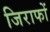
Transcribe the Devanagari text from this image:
जिराफों